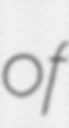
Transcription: of